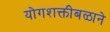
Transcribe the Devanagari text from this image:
योगशक्तीबळाने